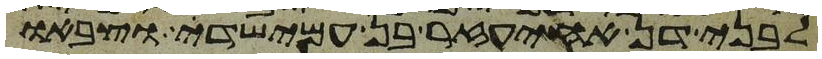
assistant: לבני דן אחיעזר בן עמישדי וצבאו